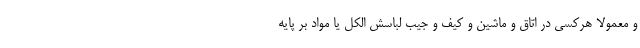
و معمولا هرکسی در اتاق و ماشین و کیف و جیب لباسش الکل یا مواد بر پایه